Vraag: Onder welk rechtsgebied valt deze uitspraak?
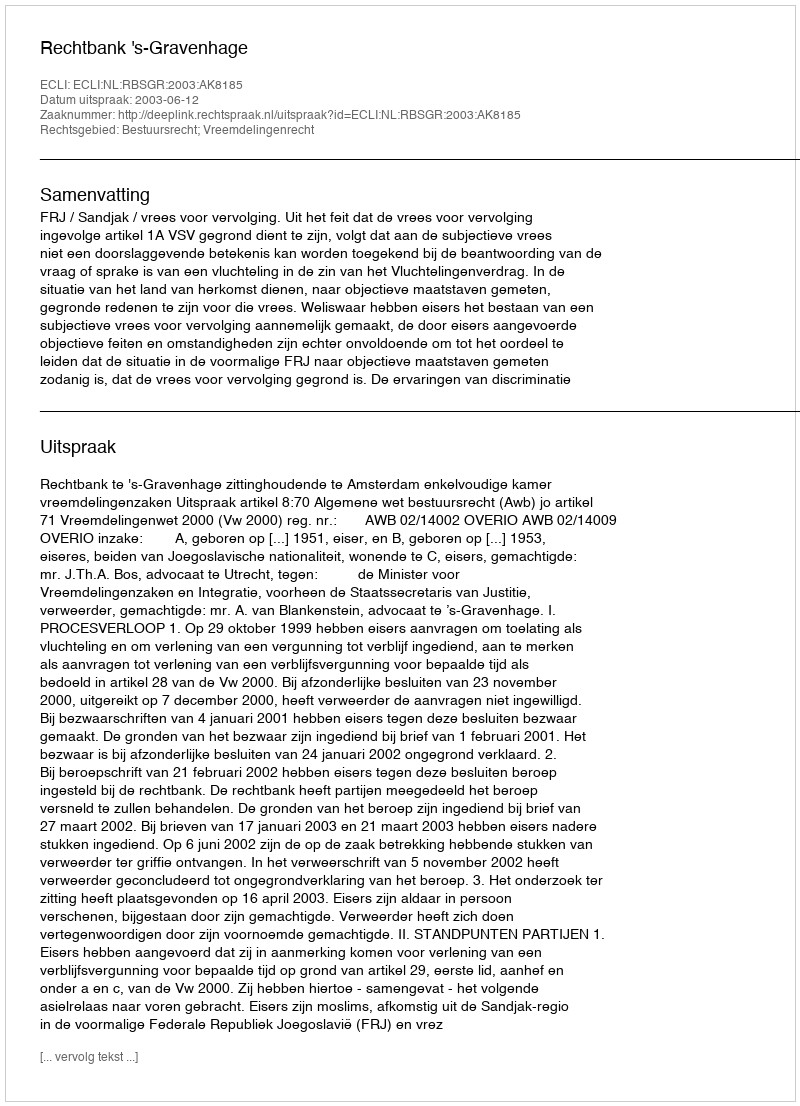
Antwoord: Bestuursrecht; Vreemdelingenrecht